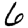
Digit: 6